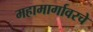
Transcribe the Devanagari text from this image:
महामार्गावरचे